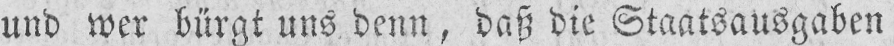
und wer bürgt uns denn, daß die Staatsausgaben